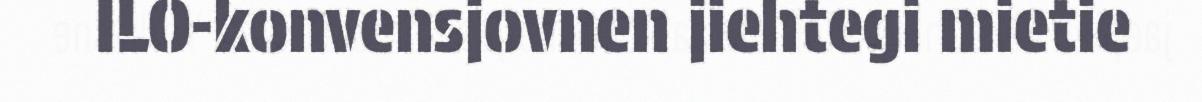
ILO-konvensjovnen jiehtegi mietie